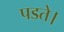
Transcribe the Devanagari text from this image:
पडते।